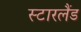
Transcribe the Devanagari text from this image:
स्टारलैंड